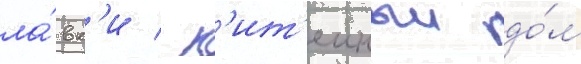
ла́вк'и / п'ит'еиныи до́м